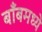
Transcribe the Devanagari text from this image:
बाँबमध्ये